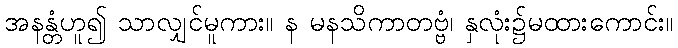
အနန္တံဟူ၍ သာလျှင်မူကား။ န မနသိကာတဗ္ဗံ၊ နှလုံး၌မထားကောင်း။